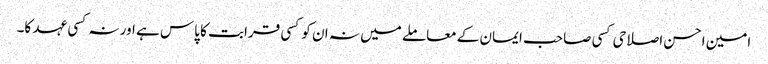
امین احسن اصلاحی کسی صاحب ایمان کے معاملے میں نہ ان کو کسی قرابت کا پاس ہے اور نہ کسی عہد کا۔